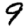
Digit: 9